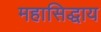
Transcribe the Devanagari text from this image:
महासिद्धाय